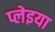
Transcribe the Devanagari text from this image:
प्लेइया